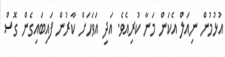
އުޅުމުން ނިއަލް އެކަން މަނާ ކުރިއެވެ. އަދި އަވަހަށް ކާރުން ފައިބައިގެން ގޮސް